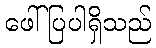
ဖေါ်ပြပါရှိသည်